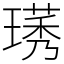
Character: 璓